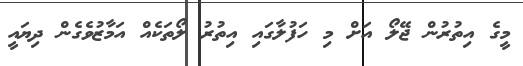
މީގެ އިތުރުން ޖޭލޯ އަށް މި ހަފުލާގައި އިތުރު ލޯތަކެއް އަމާޒުވެގެން ދިޔައީ